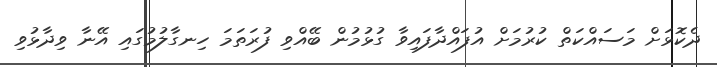
ދެކޮޅަށް މަސައްކަތް ކުރުމަށް އުފައްދާފައިވާ ގުޅުމުން ބޭއްވި ފުރަތަމަ ހިނގާލުމުގައި އޭނާ ވިދާޅުވި